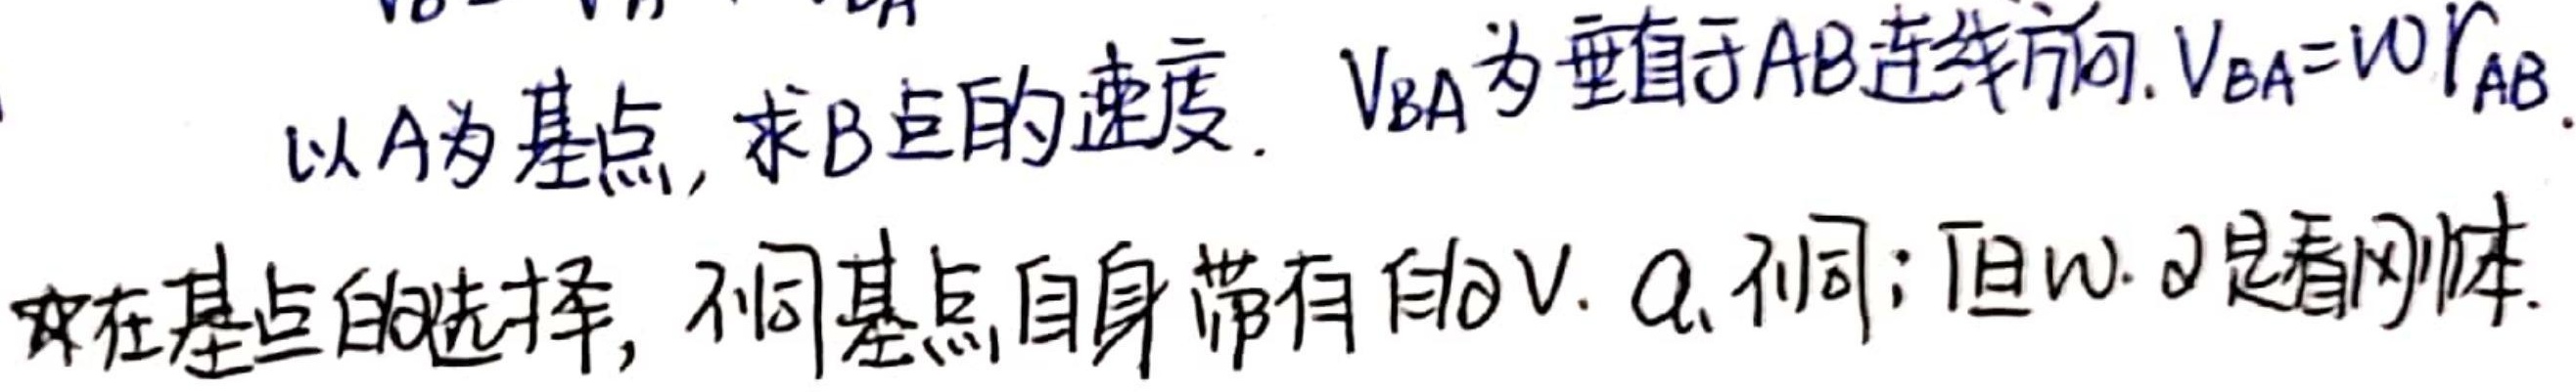
以A为基点, 求B点的速度。\(V_{BA}\)为垂直于AB连线方向，\(V_{BA}=\omega r_{AB}\)。在基点的选择中，不同基点自身带有的\(v、a\)不同；但\(\omega、\alpha\)是看刚体。